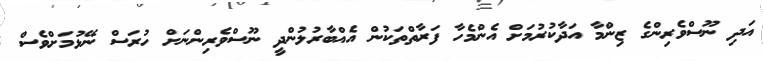
އަދި ނޫސްވެރިންގެ ޒިންމާ އަދާކުރުމަށް އެންމެހާ ފަރާތްތަކުން އެއްބާރުލުންދީ ނޫސްވެރިންނަށް ހުރަސް ނޭޅުމަށްވެސް